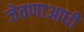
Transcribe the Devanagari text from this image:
जेवणाआधी